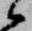
候